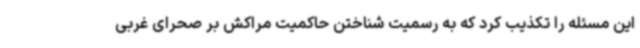
این مسئله را تکذیب کرد که به رسمیت شناختن حاکمیت مراکش بر صحرای غربی